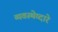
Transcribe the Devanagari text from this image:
व्यवस्थेव्दारे